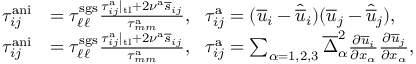
\begin{array} { r l } { \tau _ { i j } ^ { \mathrm { a n i } } } & { = \tau _ { \ell \ell } ^ { \mathrm { s g s } } \frac { \tau _ { i j } ^ { \mathrm { a } } | _ { \mathrm { t l } } + 2 \nu ^ { \mathrm { a } } \overline { { s } } _ { i j } } { \tau _ { m m } ^ { \mathrm { a } } } , \ \ \tau _ { i j } ^ { \mathrm { a } } = ( \overline { { u } } _ { i } - \widehat { \overline { { u } } } _ { i } ) ( \overline { { u } } _ { j } - \widehat { \overline { { u } } } _ { j } ) , } \\ { \tau _ { i j } ^ { \mathrm { a n i } } } & { = \tau _ { \ell \ell } ^ { \mathrm { s g s } } \frac { \tau _ { i j } ^ { \mathrm { a } } | _ { \mathrm { t l } } + 2 \nu ^ { \mathrm { a } } \overline { { s } } _ { i j } } { \tau _ { m m } ^ { \mathrm { a } } } , \ \ \tau _ { i j } ^ { \mathrm { a } } = \sum _ { \alpha = 1 , 2 , 3 } \overline { { \Delta } } _ { \alpha } ^ { 2 } \frac { \partial \overline { { u } } _ { i } } { \partial x _ { \alpha } } \frac { \partial \overline { { u } } _ { j } } { \partial x _ { \alpha } } , } \end{array}